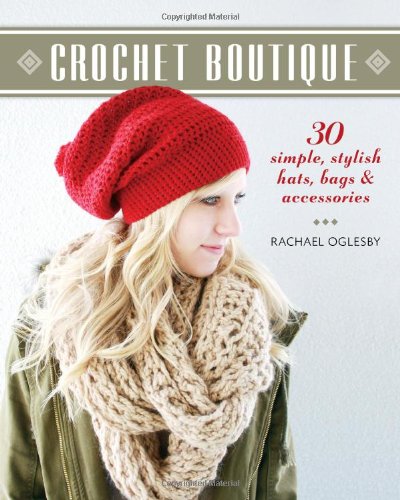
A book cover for Crochet Boutique: 30 Simple, Stylish Hats, Bags & Accessories; Rachael Oglesby; Crafts, Hobbies & Home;